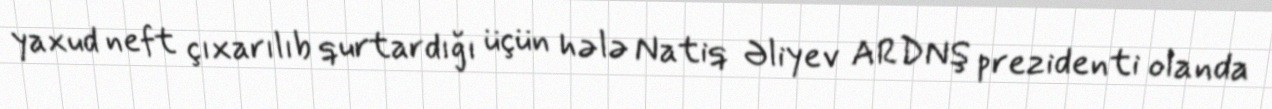
yaxud neft çıxarılıb qurtardığı üçün hələ Natiq Əliyev ARDNŞ prezidenti olanda